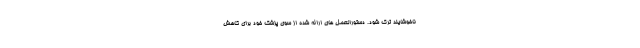
ناخوشایند ترک شود. دستورالعمل های ارائه شده از سوی پزشک خود برای کاهش